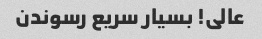
عالی! بسیار سریع رسوندن